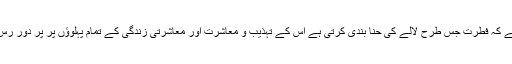
وہ اکثر یہ کہا کرتے تھے کہ فطرت جس طرح لالے کی حنا بندی کرتی ہے اس کے تہذیب و معاشرت اور معاشرتی زندگی کے تمام پہلوؤں پر پر دور رس اثرات مرتب ہوتے ہیں۔